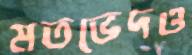
মতভেদও